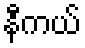
နီကယ်